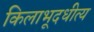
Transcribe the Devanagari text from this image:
किलाभूदधीत्य